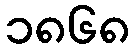
၁၈၆၈